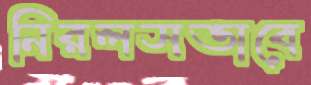
নিরলসভাবে